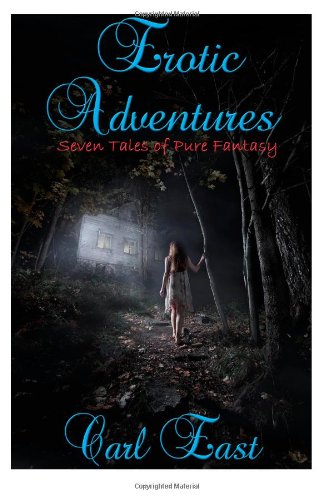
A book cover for Erotic Adventures: Erotic Fantasy; Carl East; Romance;